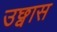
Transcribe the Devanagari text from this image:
उछ्वास